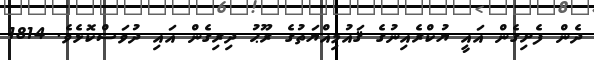
ދެން ފެށިގެން އައީ ޔުކްރެއިނުގެ ޤައުމިއްޔަތުގެ ރޫޙު ދިރިގެން އައި ދުވަސްކޮޅެވެ. 1814